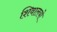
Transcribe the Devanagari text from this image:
शिवालयो